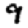
Digit: 9